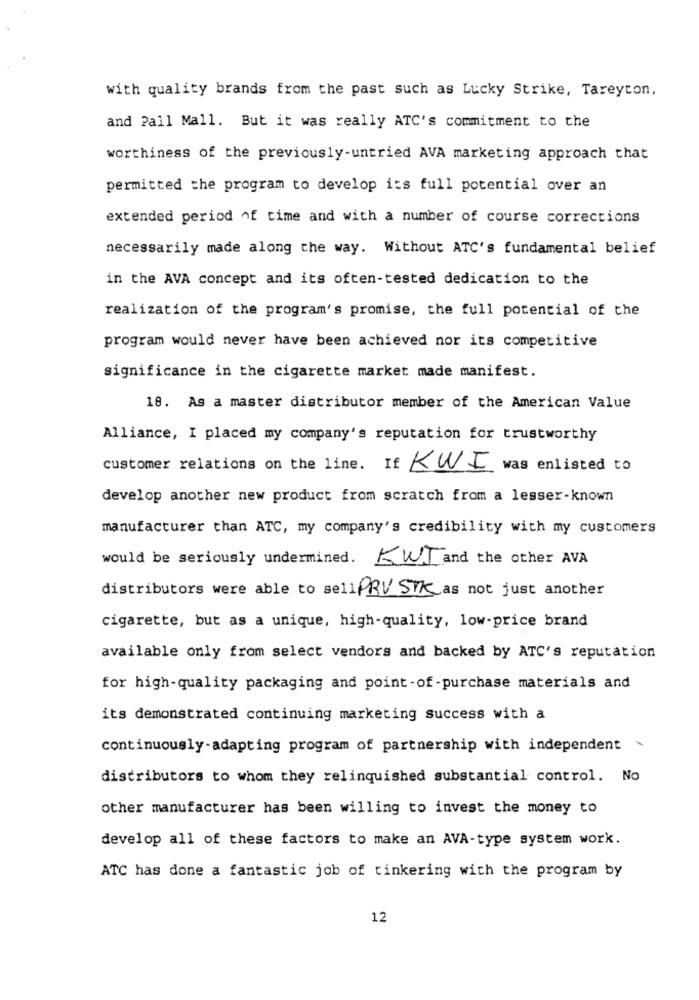
with quality brands from the past such as Lucky Strike, Tareyton,
and Pall Mall. But it was really ATC's commitment to the
worthiness of the previously-untried AVA marketing approach that
permitted the program to develop its full potential over an
extended period of time and with a number of course corrections
necessarily made along the way. Without ATC's fundamental belief
in the AVA concept and its often-tested dedication to the
realization of the program's promise, the full potential of the
program would never have been achieved nor its competitive
significance in the cigarette market made manifest.
18. As a master distributor member of the American Value
Alliance, I placed my company's reputation for trustworthy
customer relations on the line. If KWI
was enlisted to
develop another new product from scratch from a lesser-known
manufacturer than ATC, my company's credibility with my customers
would be seriously undermined. KWI and the other AVA
distributors were able to sellPRV STK as not just another
cigarette, but as a unique, high-quality, low-price brand
available only from select vendors and backed by ATC's reputation
for high-quality packaging and point -of -purchase materials and
its demonstrated continuing marketing success with a
continuously-adapting program of partnership with independent
distributors to whom they relinquished substantial control. No
other manufacturer has been willing to invest the money to
develop all of these factors to make an AVA-type system work.
ATC has done a fantastic job of tinkering with the program by
12